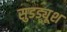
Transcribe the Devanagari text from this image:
सुडड्यूश